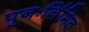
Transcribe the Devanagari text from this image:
पुनःर्निमित